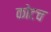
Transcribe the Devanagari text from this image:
कोटच